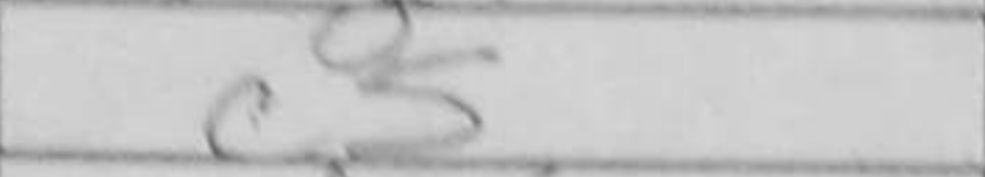
Transcription: c5